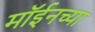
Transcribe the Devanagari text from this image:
मॉईनच्या